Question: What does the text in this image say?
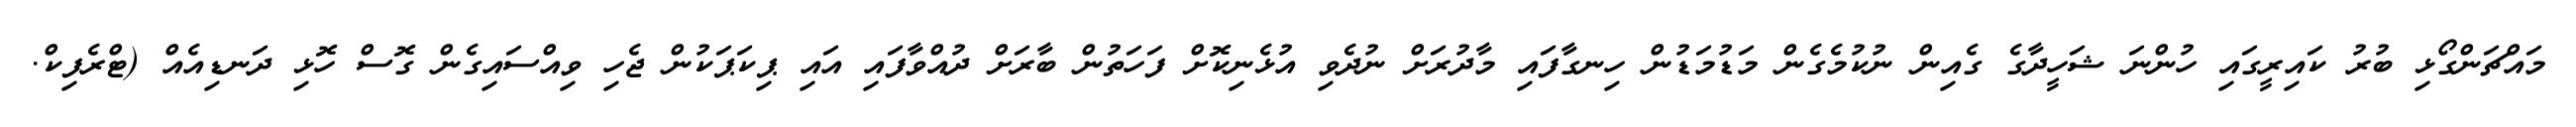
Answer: މައްޗަންގޯޅި ބުރު ކައިރީގައި ހުންނަ ޝަހީދާގެ ގެއިން ނުކުމެގެން މަޑުމަޑުން ހިނގާފައި މާދުރަށް ނުދެވި އުޅެނިކޮށް ފަހަތުން ބާރަށް ދުއްވާފައި އައި ޕިކަޕަކުން ޖެހި ވިއްސައިގެން ގޮސް ހޮޅި ދަނޑިއެއް (ޓްރެފިކް.